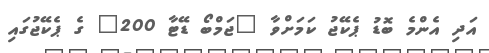
އަދި އެންމެ ބޮޑު ޕެކޭޖު ކަމަށްވާ "ޖަމްބޯ ޑޭޓާ 200" ގެ ޕެކޭޖުގައި